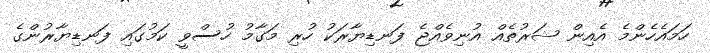
ހަމައެހެންމެ އެއިން ޝަރުތެއް އުނިވެއްޖެ ފަނޑިޔާރަކު ހުރި މަގާމު ހުސްވީ ކަމުގައި ފަނޑިޔާރުންގެ